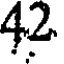
42